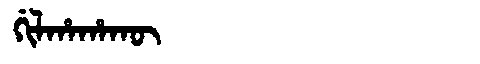
Manchu: ᡤᡳᠯᡥᠠᡥᠠᡴᡡ
Romanization: GILHAHAKŪ